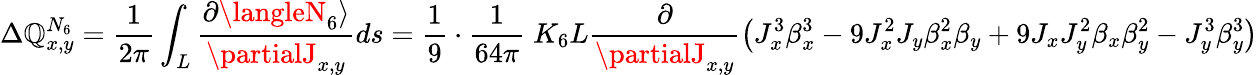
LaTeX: \Delta\mathbb{Q}_{x,y}^{N_{6}}=\frac{{1}}{{2\pi}}\int_{L}\frac{{\partial\langleN_{6}\rangle}}{{\partialJ_{x,y}}}ds=\frac{{1}}{{9}}\cdot\frac{{1}}{{64\pi}}\; K_{6}L\frac{{\partial}}{{\partialJ_{x,y}}}\left(J_{x}^{3}\beta_{x}^{3}-9J_{x}^{2}J_{y}\beta_{x}^{2}\beta_{y}+9J_{x}J_{y}^{2}\beta_{x}\beta_{y}^{2}-J_{y}^{3}\beta_{y}^{3}\right)